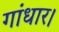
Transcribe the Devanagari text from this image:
गांधार।